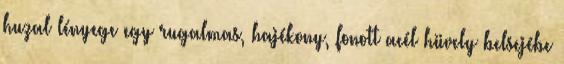
huzal lényege egy rugalmas, hajékony, fonott acél hüvely belsejébe